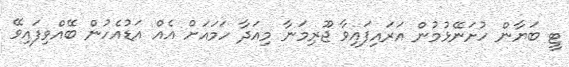
ޓީ ބަޔާން ހުށަނޭޅުމުން އަރައިފައިވާ ޖޫރިމަނާ މިއަދާ ހަމައަށް އެއް އަޑުއެހުން ބޭއްވިފައިވޭ